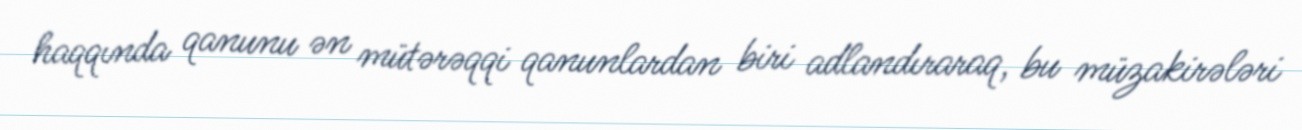
haqqında qanunu ən mütərəqqi qanunlardan biri adlandıraraq, bu müzakirələri